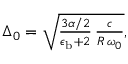
\begin{array} { r } { \Delta _ { 0 } = \sqrt { \frac { 3 \alpha / 2 } { \epsilon _ { \mathrm { b } } + 2 } \, \frac { c } { R \, \omega _ { 0 } } } , } \end{array}